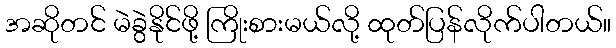
အဆိုတင် မဲခွဲနိုင်ဖို့ ကြိုးစားမယ်လို့ ထုတ်ပြန်လိုက်ပါတယ်။